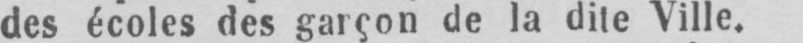
des écoles des garçon de la dite Ville.